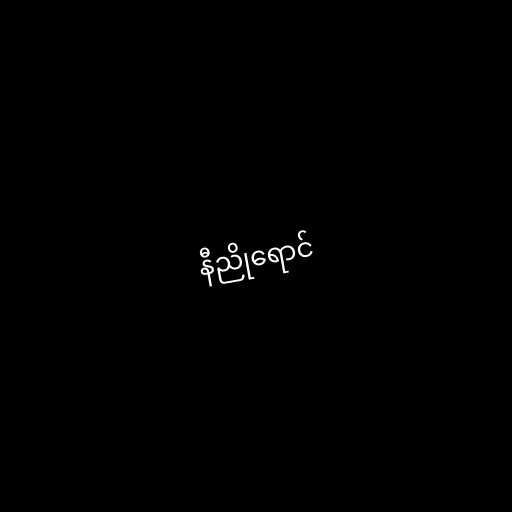
နီညိုရောင်